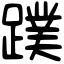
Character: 蹼